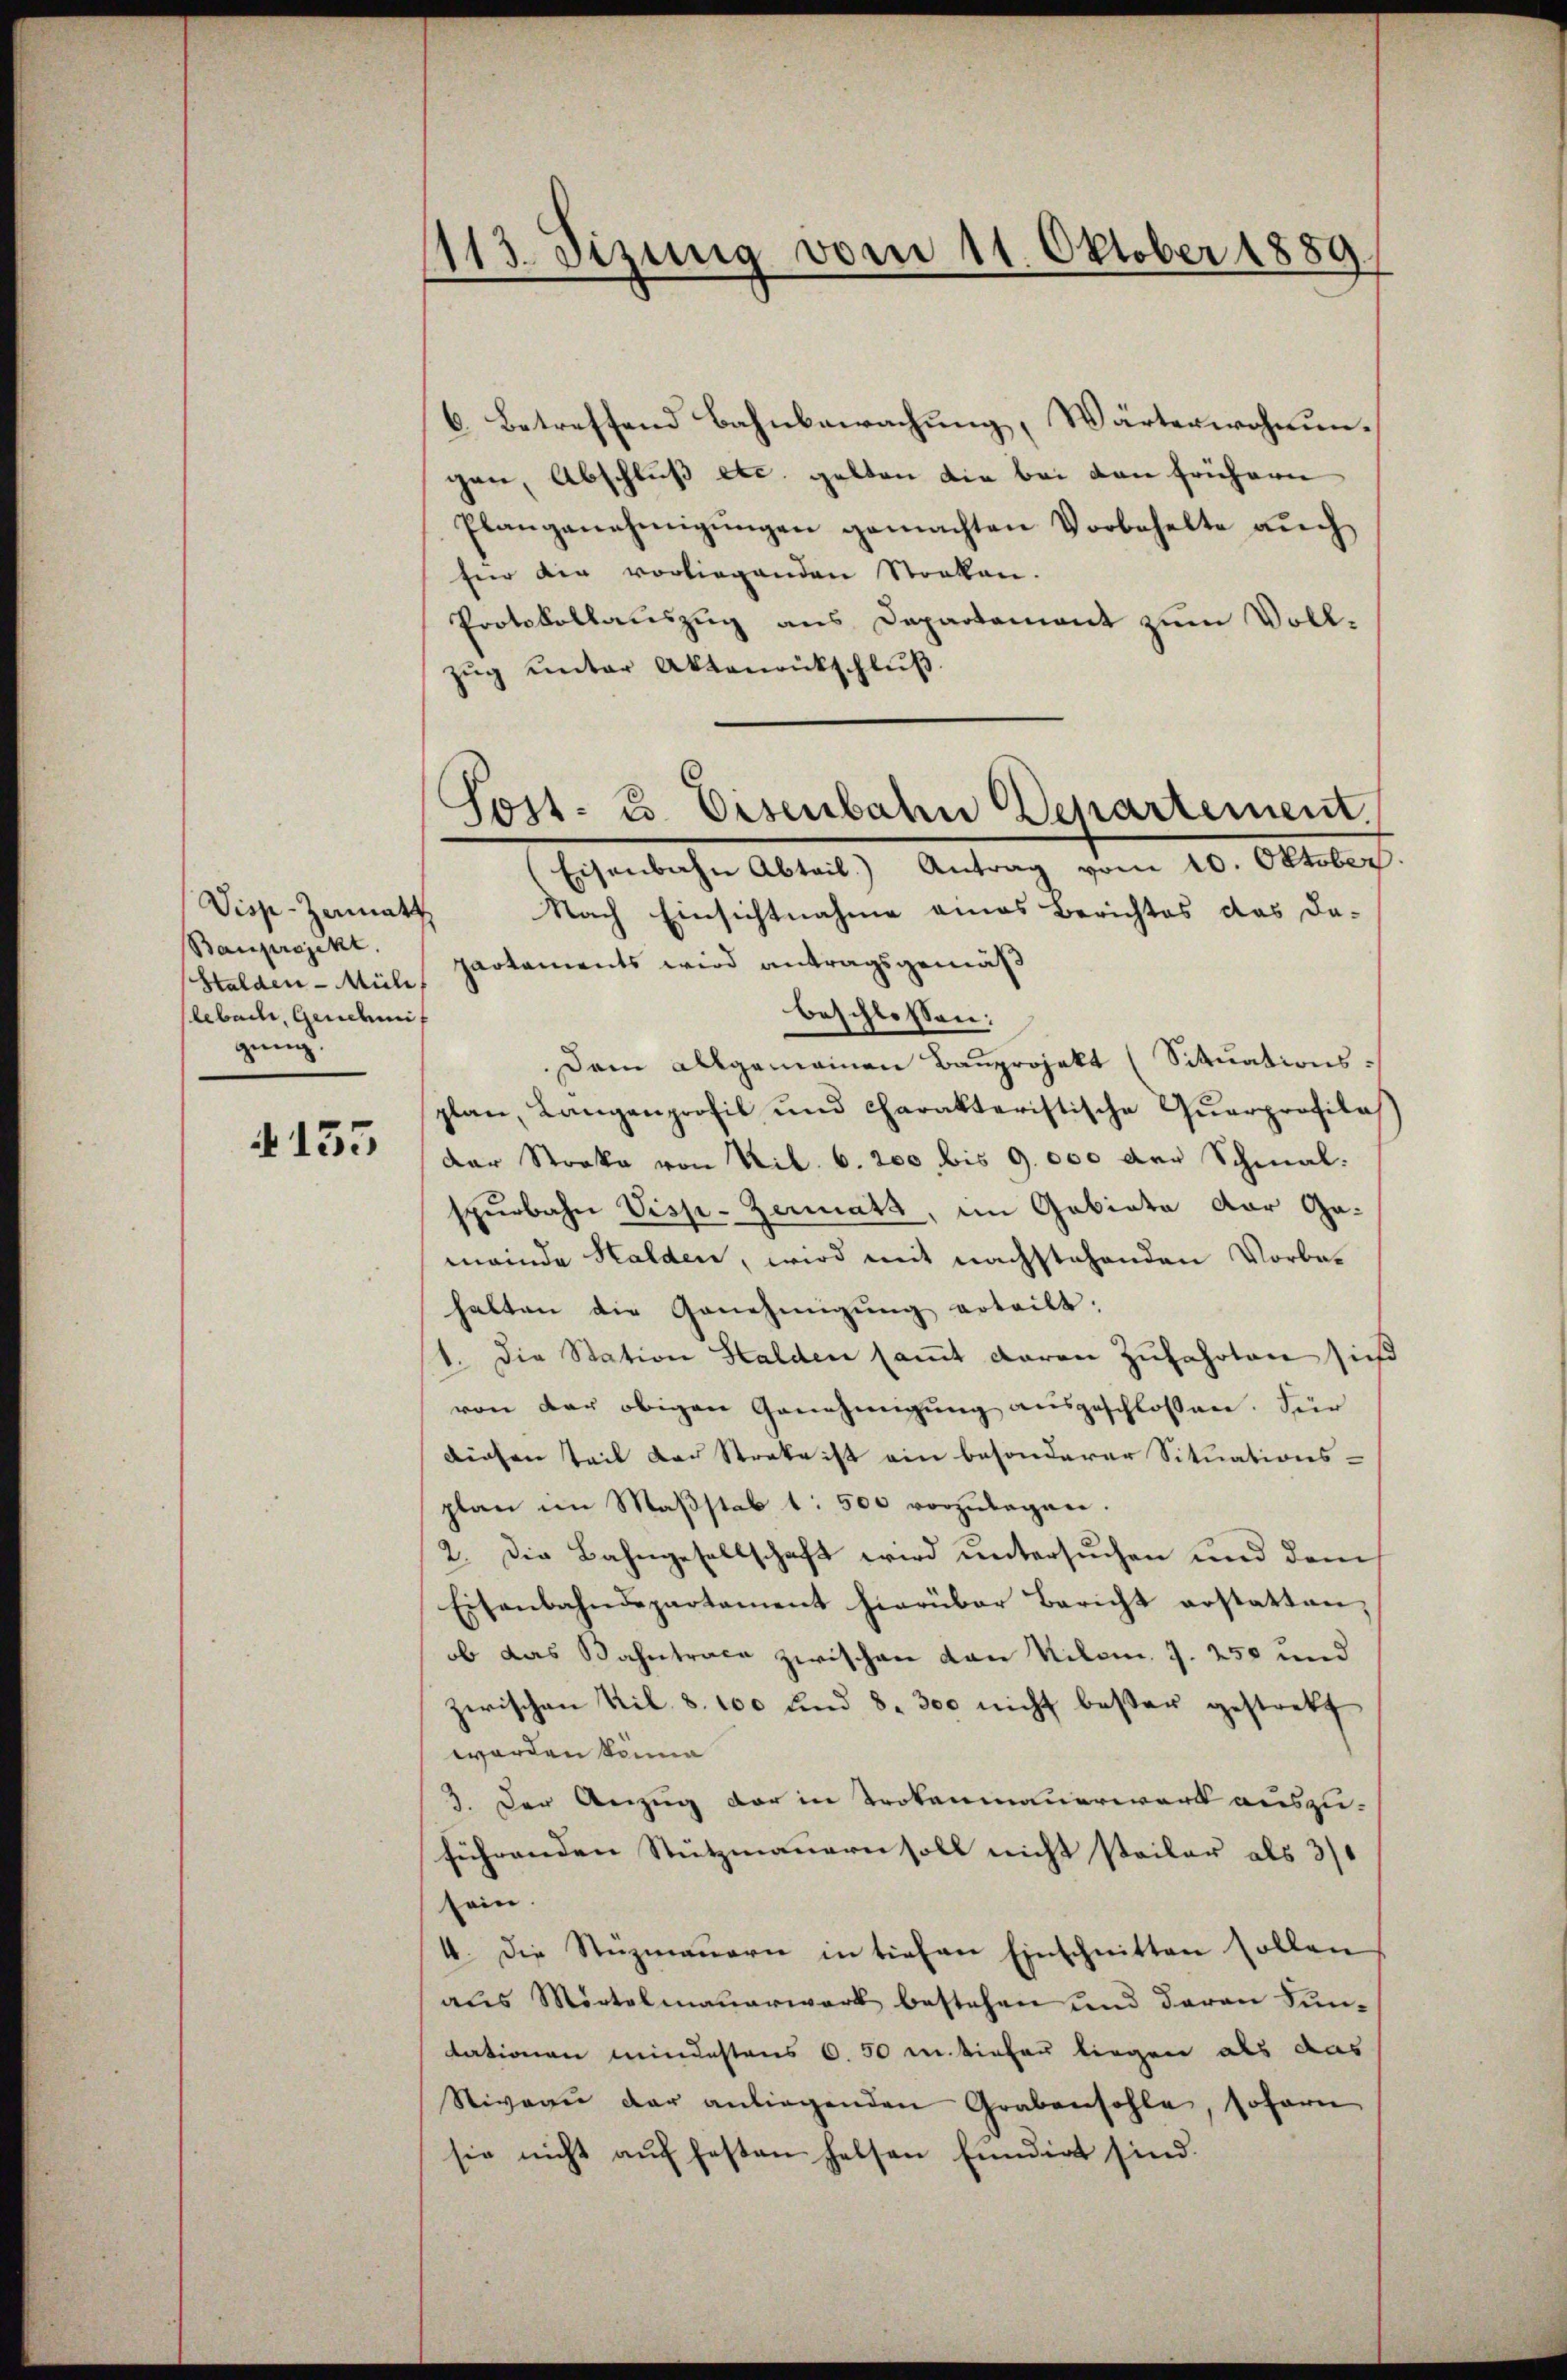
Visp-Zenmatt
Bauprojekt.
Halden - Müli
lebach, Genehmi
gung.

4133

1113. Sizung vom 11. Oktober 1889

6. Betreffend Bahnbewachung, Wärterwohnungen, Abschluß etc. gelten die bei den frühern
Plangenehmigŭngen gemachten Vorbehalte aŭch
für die vorliegenden Stocken.
Protokollauszug aus Departement zum Vollzŭg ŭnter Aktenrütschlŭβ
Eisenbahn Abtail.) Antrag vom 10. Oktober
Nach Einsichtnahme eines Berichtes das Da-
partements wird antragsgemäß
beschlossen:
Dem allgemeinen Bauprojekt (Situationsplan, Langenprofil und charakteristische Quarprofila
Dar Streke von Nib. 6. 200 bis 9. 000 der Schmal.
spürbahn Visp-Zermatt, im Gebiete der Ge-
meinde Halden, wird mit nachstehenden Vorbehalten die Genehmigŭng erteilt.
1. Die Station Halden saṁt daran Zufahrten sich
von der obigen Genehmigung ausgeschlossen. Für
diesen Teil der Streke ist ein besonderer Situations-
plan im Maβstab 1: 500 vorzulegen.
2. Die Bahngesellschaft wird untersuchen und dem
Eisenbahndepartament hierüber Bericht erstatten,
ob das Bahntrace zwischen den Kilom. J. 250 und
Zwischen Sil. 8. 100 und 8. 300 nicht bester gestrett
worden könne
3. Der Anzug der in Trokenmauerwerk auszu-
führenden Stützmauern soll nicht steiler als 3/
kein
4. Die Rezmauern in tiefen Einschnitten sollen
aŭs Mörtelmaŭerwerk bestehen und daran Sun-
tationen mindestens 6. 50 in tiefen liegen als das
Niveau der anliegenden Grabensohle, sofern
sie nicht auf festen helsen Eindirt sind.

Sost- u. Eisenbahn Departement